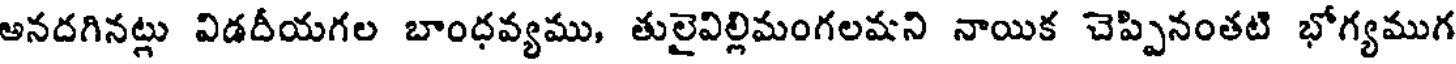
అనదగినట్లు విడదీయగల బాంధవ్యము, తులైవిల్లిమంగలమని నాయిక చెప్పినంతటి భోగ్యముగ